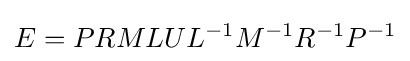
E=PRMLUL^{-1}M^{-1}R^{-1}P^{-1}